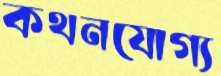
কথনযোগ্য